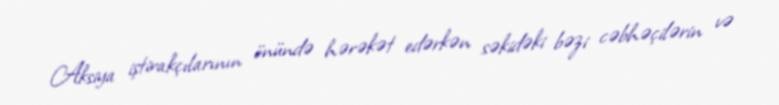
Aksiya iştirakçılarının önündə hərəkət edərkən səkidəki bəzi cəbhəçilərin və